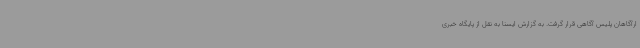
ارآگاهان پلیس آگاهی قرار گرفت. به گزارش ایسنا به نقل از پایگاه خبری